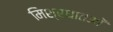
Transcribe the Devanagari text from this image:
मिश्रधातओं